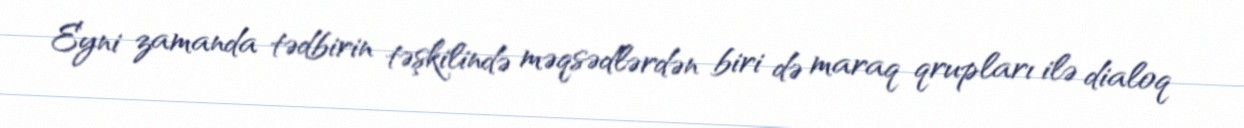
Eyni zamanda tədbirin təşkilində məqsədlərdən biri də maraq qrupları ilə dialoq